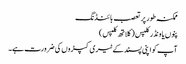
ممکنہ طور پر تعصب بائنڈنگ
پنوں یا ونڈر کلپس (کلاتھ کلپس)
آپ کو اپنی پسند کے ٹیری کپڑوں کی ضرورت ہے۔